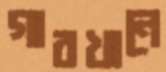
গাবখানে